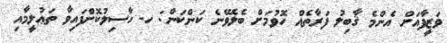
ވަޒީފާއަށް އެންމެ ޤާބިލު ފަރާތެއް ހޮވުމަށް ބެލެވޭނެ ކަންކަން: ހ- ހާސިލުކޮށްފައިވާ ތަޢުލީމާއި